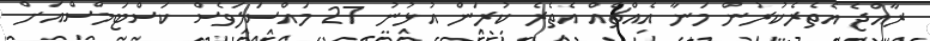
ރާއްޖެ އެތެރެކުރުން މަނާ އެއްޗެއް އެތެރެ ކުރަން އުޅުނު 27 މައްސަލަވެސް ކަސްޓަމްސްއަށް